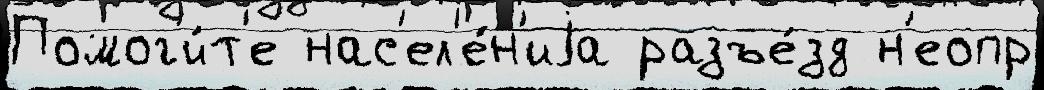
Помог'и́т'е нас'ел'е́н'иjа разъе́зд н'еопр